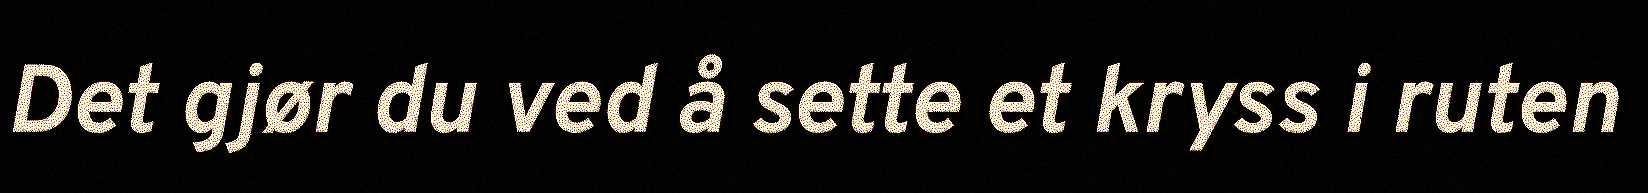
Det gjør du ved å sette et kryss i ruten